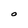
Character: O